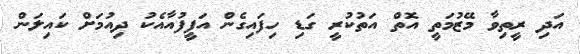
އަދި ރީތިވާ މޭޒުމަތީ އޮތް އަތުކުރީ ގަޑި ހިފައިގެން އަފީފުއާއެކު ދިއުމަށް ކައިލަން